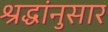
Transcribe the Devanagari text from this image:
श्रद्धांनुसार